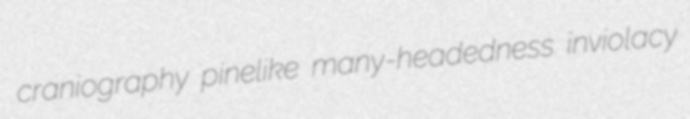
craniography pinelike many-headedness inviolacy